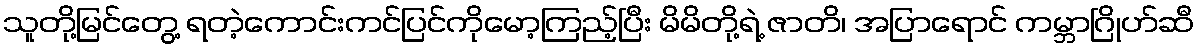
သူတို့မြင်တွေ့ ရတဲ့ကောင်းကင်ပြင်ကိုမော့ကြည့်ပြီး မိမိတို့ရဲ့ ဇာတိ၊ အပြာရောင် ကမ္ဘာဂြိုဟ်ဆီ